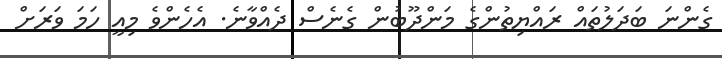
ގެންނަ ބަދަލުތައް ރައްޔިތުންގެ މަންދޫބުން ގެނެސް ދެއްވާނެ. އެހެންވެ މިއީ ހަމަ ވަރަށް